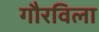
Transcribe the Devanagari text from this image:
गौरविला